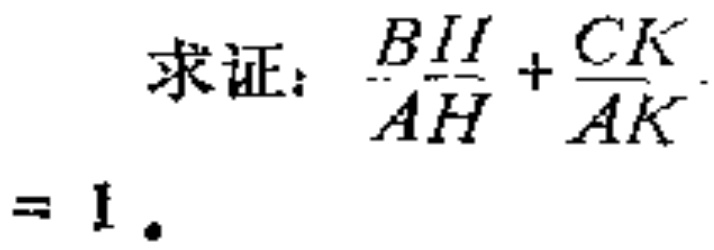
求证：\(\frac{BH}{AH}+\frac{CK}{AK}=1\)。